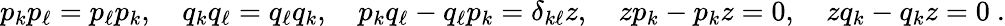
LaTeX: p_{k}p_{\ell}=p_{\ell}p_{k},\quad q_{k}q_{\ell}=q_{\ell}q_{k},\quad p_{k}q_{\ell}-q_{\ell}p_{k}=\delta_{k\ell}z,\quad zp_{k}-p_{k}z=0,\quad zq_{k}-q_{k}z=0~.